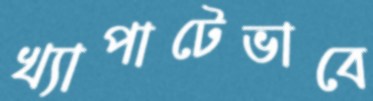
খ্যাপাটেভাবে